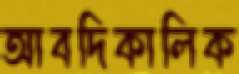
আবদিকালিক